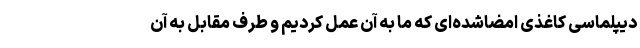
دیپلماسی کاغذی امضاشده‌ای که ما به آن عمل کردیم و طرف مقابل به آن